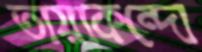
তায়াকন্দো